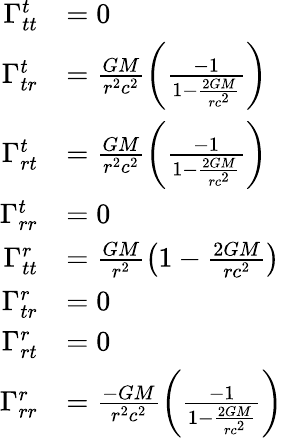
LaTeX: \begin{array}{rl}{\Gamma_{tt}^{t}}&{=0}\\ {\Gamma_{tr}^{t}}&{=\frac{GM}{r^{2}c^{2}}\left(\frac{-1}{1-\frac{2GM}{rc^{2}}}\right)}\\ {\Gamma_{rt}^{t}}&{=\frac{GM}{r^{2}c^{2}}\left(\frac{-1}{1-\frac{2GM}{rc^{2}}}\right)}\\ {\Gamma_{rr}^{t}}&{=0}\\ {\Gamma_{tt}^{r}}&{=\frac{GM}{r^{2}}\left(1-\frac{2GM}{rc^{2}}\right)}\\ {\Gamma_{tr}^{r}}&{=0}\\ {\Gamma_{rt}^{r}}&{=0}\\ {\Gamma_{rr}^{r}}&{=\frac{-GM}{r^{2}c^{2}}\left(\frac{-1}{1-\frac{2GM}{rc^{2}}}\right)}\end{array}